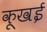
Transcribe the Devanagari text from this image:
कूखई